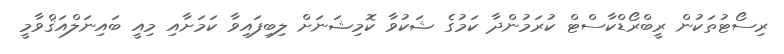
ރިސޯޓުތަކުން ރީބްރޯޑްކާސްޓް ކުރަމުންދާ ކަމުގެ ޝަކުވާ ކޮމިޝަނަށް ލިބިފައިވާ ކަމަށާއި މިއީ ބައިނަލްއަޤްވާމީ